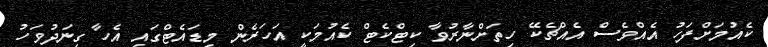
ކެއުމަށްފަހު އެއްވެސް އެއްޗެކޭ ހިތަށްނާރުވާ ކިޓްކެޓް ކެއުމަކީ އަހަރެން މިޑައެޓްގައި އެހާ ގިނަދުވަހު